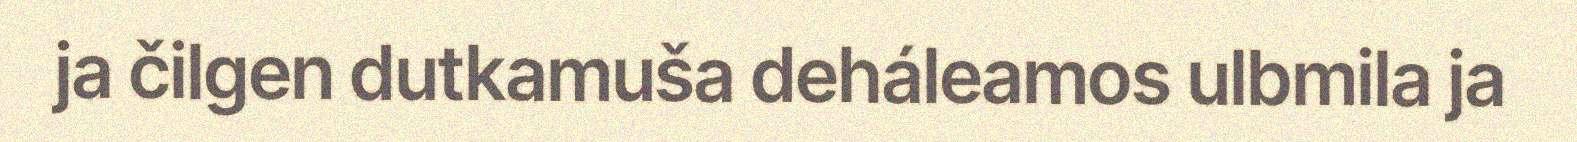
ja čilgen dutkamuša deháleamos ulbmila ja